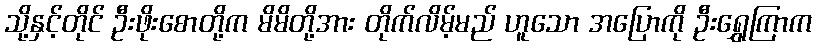
သို့နှင့်တိုင် ဦးဖိုးစောတို့က မိမိတို့အား တိုက်လိမ့်မည် ဟူသော အပြောကို ဦးရွှေကြာက